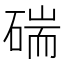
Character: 𥔗